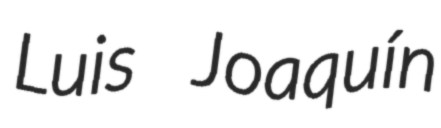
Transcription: Luis Joaquín